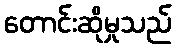
တောင်းဆိုမှုသည်